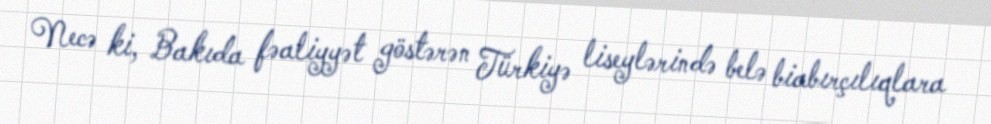
Necə ki, Bakıda fəaliyyət göstərən Türkiyə liseylərində belə biabırçılıqlara